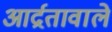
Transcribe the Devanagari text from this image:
आर्द्रतावाले